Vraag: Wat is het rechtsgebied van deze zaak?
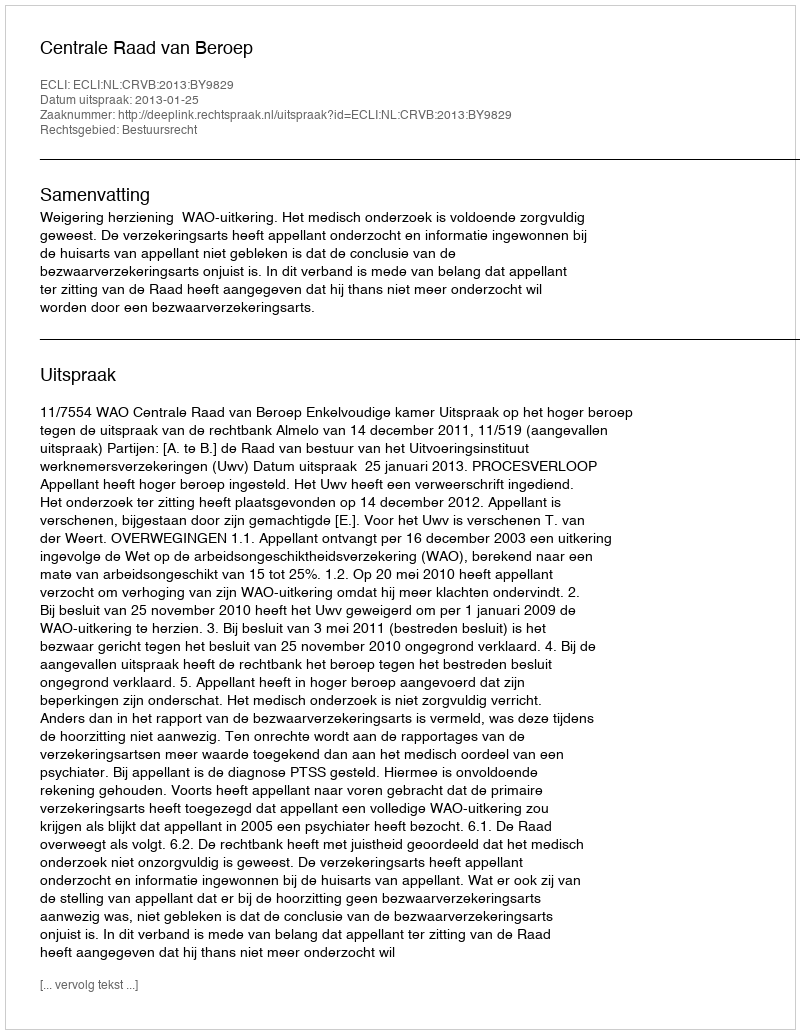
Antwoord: Bestuursrecht